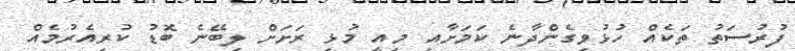
ފުރުސަތު ތަކެއް ހުޅުވިގެންދާނެ ކަމަށާއި މިއީ މުޅި ރަށަށް ލިބޭނެ ބޮޑު ކުރިއެރުމެއް